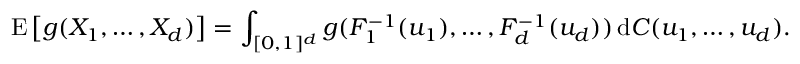
\operatorname { E } \left[ g ( X _ { 1 } , \dots , X _ { d } ) \right] = \int _ { [ 0 , 1 ] ^ { d } } g ( F _ { 1 } ^ { - 1 } ( u _ { 1 } ) , \dots , F _ { d } ^ { - 1 } ( u _ { d } ) ) \, \mathrm { d } C ( u _ { 1 } , \dots , u _ { d } ) .